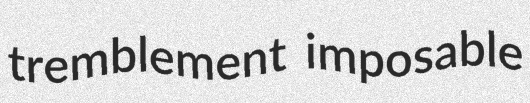
tremblement imposable